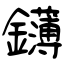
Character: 鑮